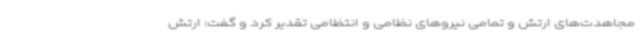
مجاهدت‌های ارتش و تمامی نیروهای نظامی و انتظامی تقدیر کرد و گفت: ارتش